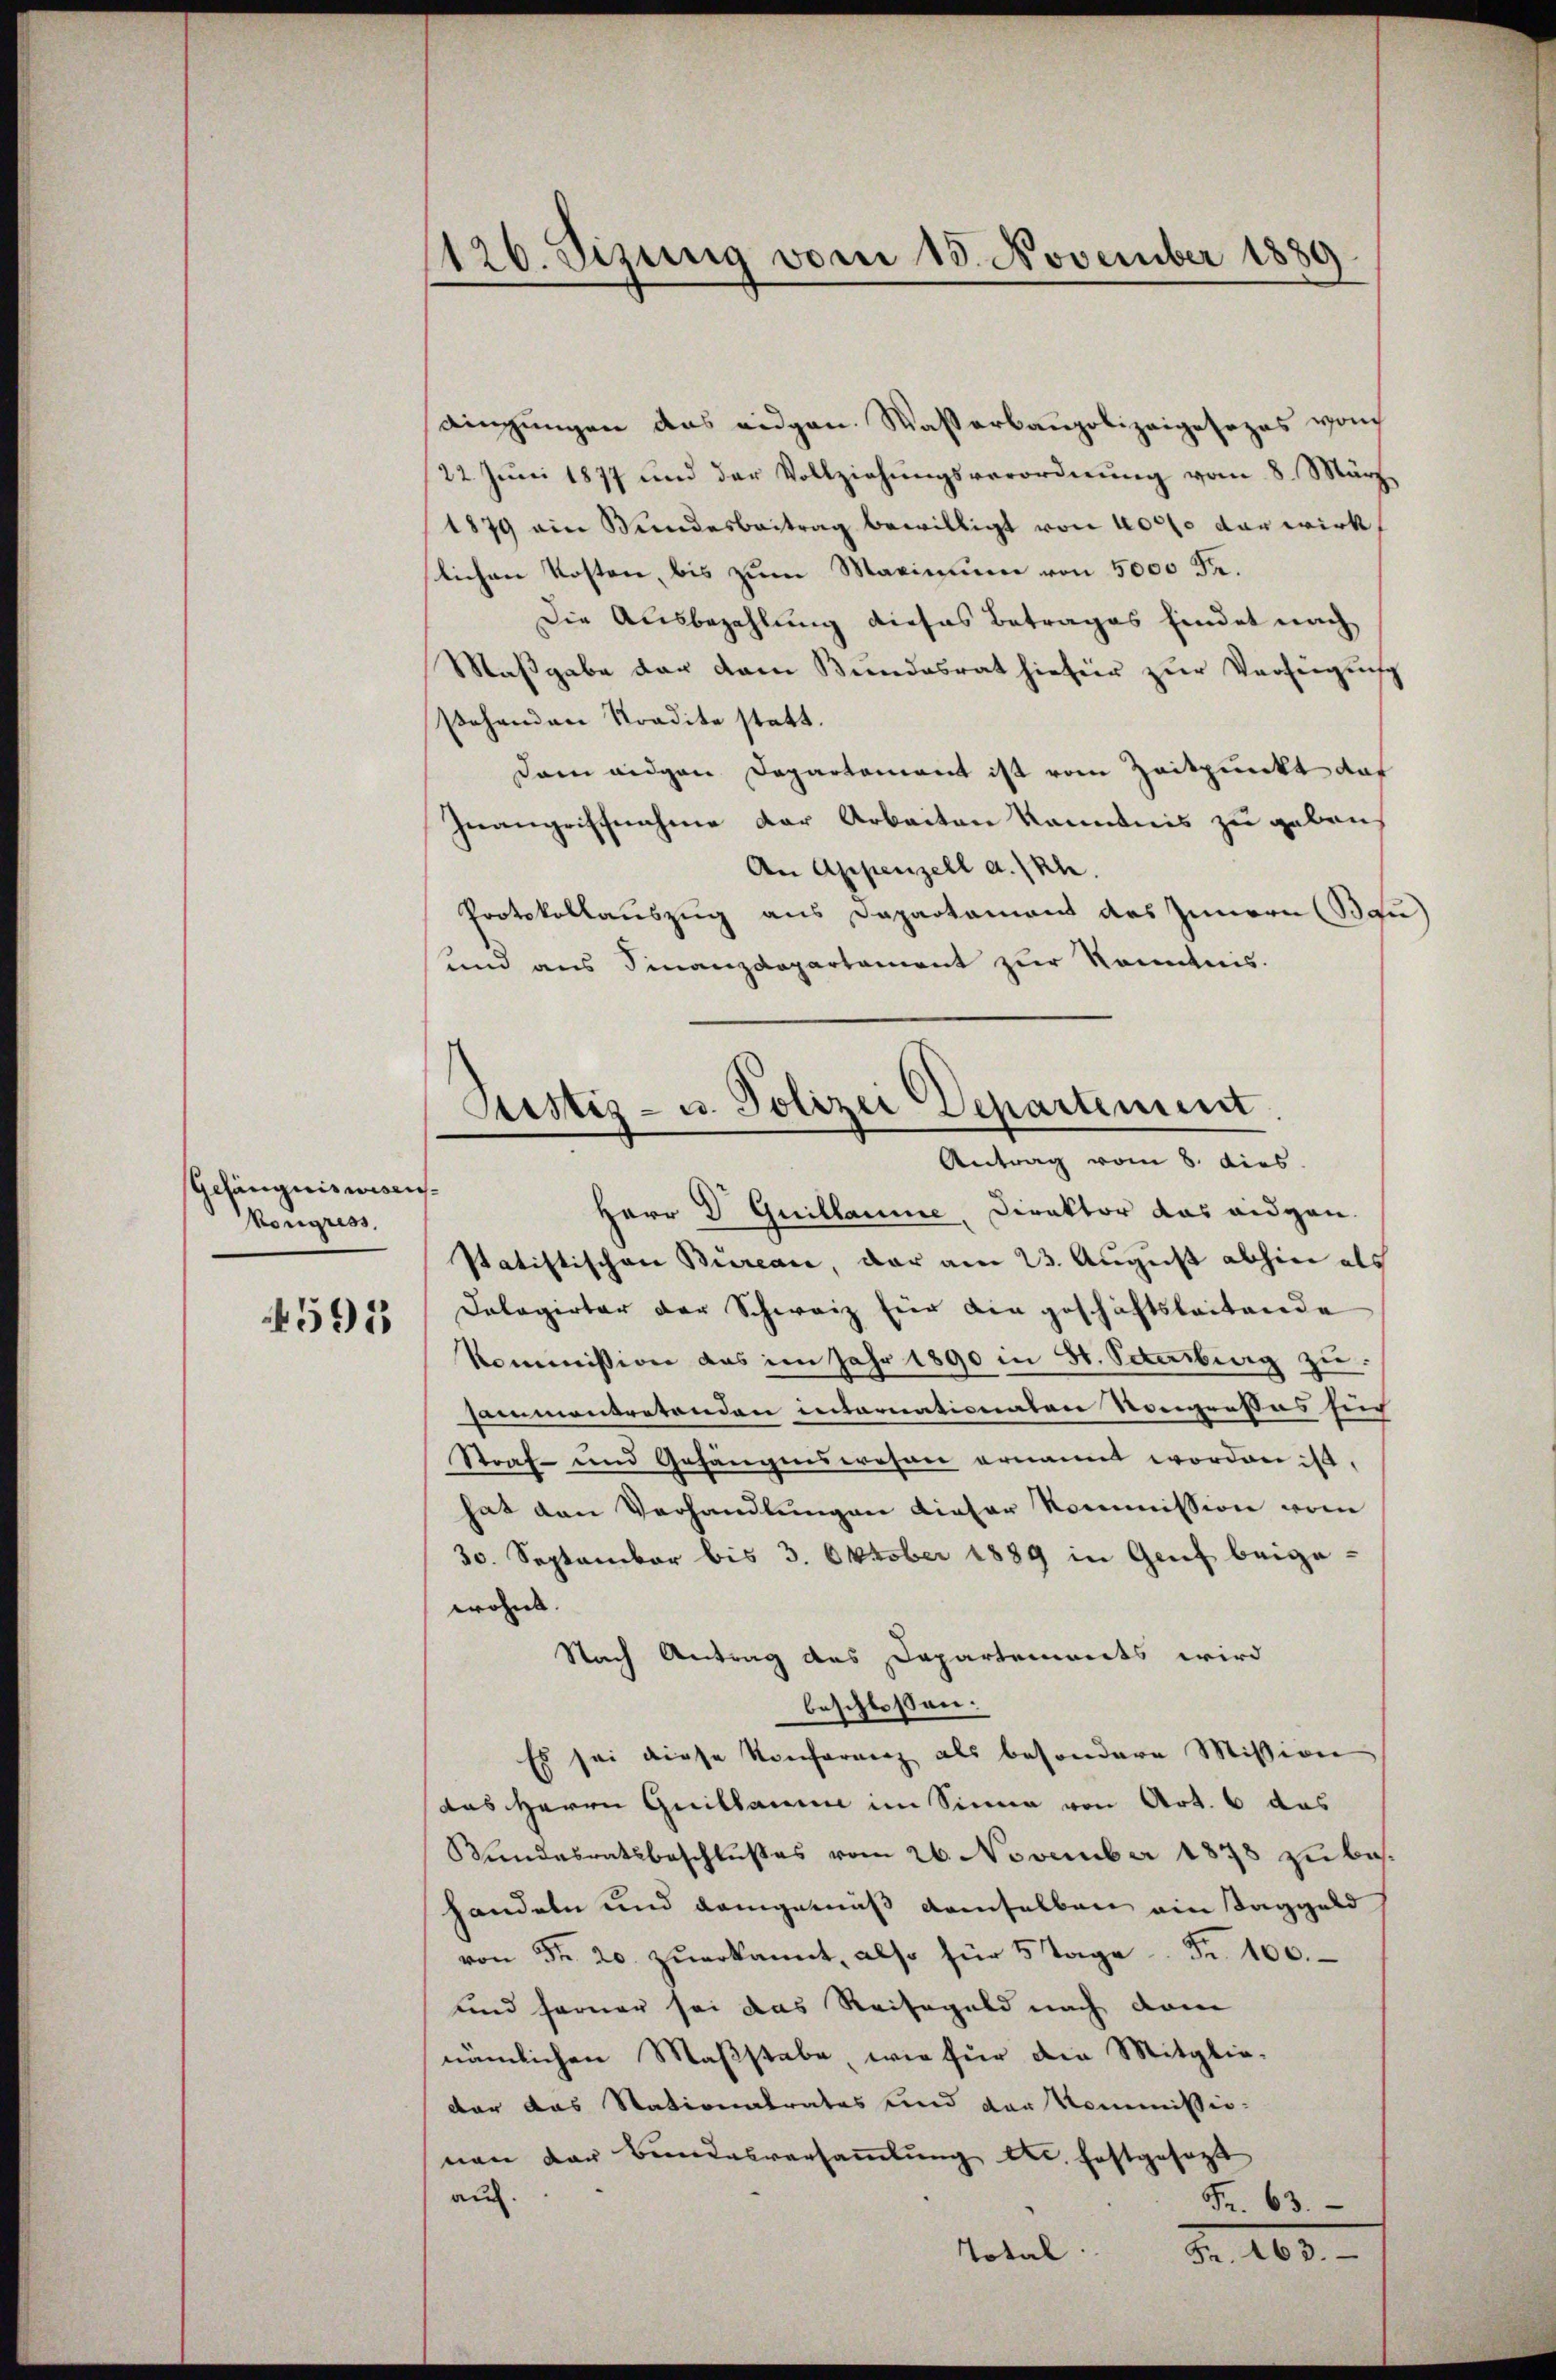
Gefängniswesens
Kongress

591

126. Sizung vom 15. November 1889

dingungen das eidgen. Wasserbaupolizeigesezes von
/22. Jŭni 1877 und der Vollziehŭngsverordnŭng vom 8. März
1879 ain Wundesbeitrag bewilligt von 40000 der wirk
slichen Kosten, bis zum Maximum von 5000 Fr.
Die Ausbezahlung dieses Betrages findet nach
Maßgabe der dem Bundesrat hiefür zur Verfüguis
stehenden Tradite statt.
Dam eidgen Departament ist vom Zeitpunkt auf
Inangriffnahme der Arbeiten kanntnis zu geben
An Appenzell a. Rh.
Protokollauszug aus Departament des Innern (Bau)
und aus Finanzdepartement zur Kenntnis.
Herr Dr. Guillaume, Direktor das eidgen.
statistischen Bureau, der am 23. August abhier als
Dalagirter der Schweiz für die geschäftsleitende
Kommission das im Jahr 1890 in St. Obersburg zu
sammentretenden internationaten Kongresses sich
Straf- und Gefängenswesen ernannt worden ist.
hat den Verhandlungen dieser Kommission vom
30. September bis 3. Oktober 1889 in Genf beigewohnt. |
Nach Antrag des Dapartements wird
beschlossen:
Es sei diese Konferenz als besondere Mission
das Herrn Guillaume im Sinne von Art. 6 das
Bundesratsbeschlußes vom 26. November 1878 zu beshandeln und demgemäß demselben ein Taggeld
von Fr. 20. zŭerkannt, also für 5 Tage. Fr. 100.
und ferner sei das Reisegeld nach dem
nämlichen Maßstabe, wie für die Mitglie-
dar das Stationalrates und der Kommissionen der Bundesversaṁlŭng etc. festgesezt
auf.
Fr. 63.

Justiz- u. Polizei Departement
Antrag vom 8. dies